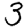
Digit: 3